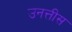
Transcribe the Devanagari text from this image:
उनत्तीस